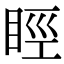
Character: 䀴